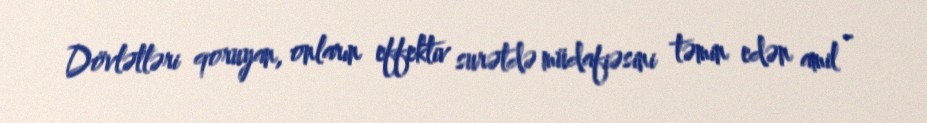
Dövlətləri qoruyan, onların effektiv surətdə müdafiəsini təmin edən amil -